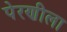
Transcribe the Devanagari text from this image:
पेरणीला